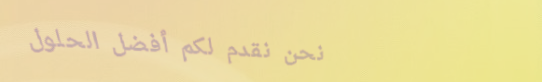
نحن نقدم لكم أفضل الحلول